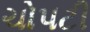
ચોપટી